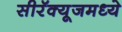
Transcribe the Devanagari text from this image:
सीरॅक्यूजमध्ये